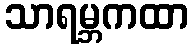
သာရမ္ဘကထာ